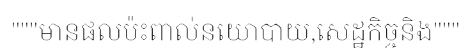
"""មានផលប៉ះពាល់នយោបាយ,សេដ្ឋកិច្ចនិង"""